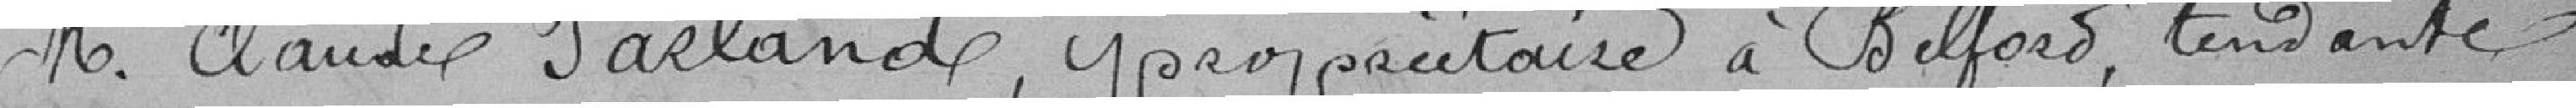
M. Claude Jarland, propriétaireà Belfort, tendante